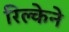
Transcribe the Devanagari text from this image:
रिल्केने